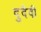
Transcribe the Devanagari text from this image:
दुदैवी